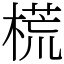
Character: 𣗄